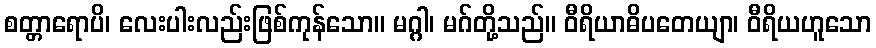
စတ္တာရောပိ၊ လေးပါးလည်းဖြစ်ကုန်သော။ မဂ္ဂါ၊ မဂ်တို့သည်။ ဝီရိယာဓိပတေယျာ၊ ဝီရိယဟူသော